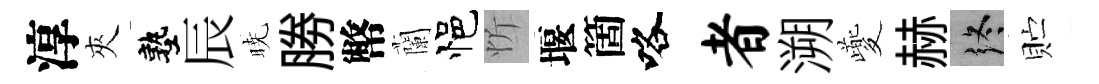
淳夾塾辰暁勝幣蘭悒忻堰箇咯者溯夔赫终贮